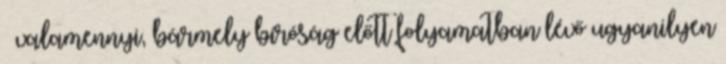
valamennyi, bármely bíróság előtt folyamatban lévő ugyanilyen